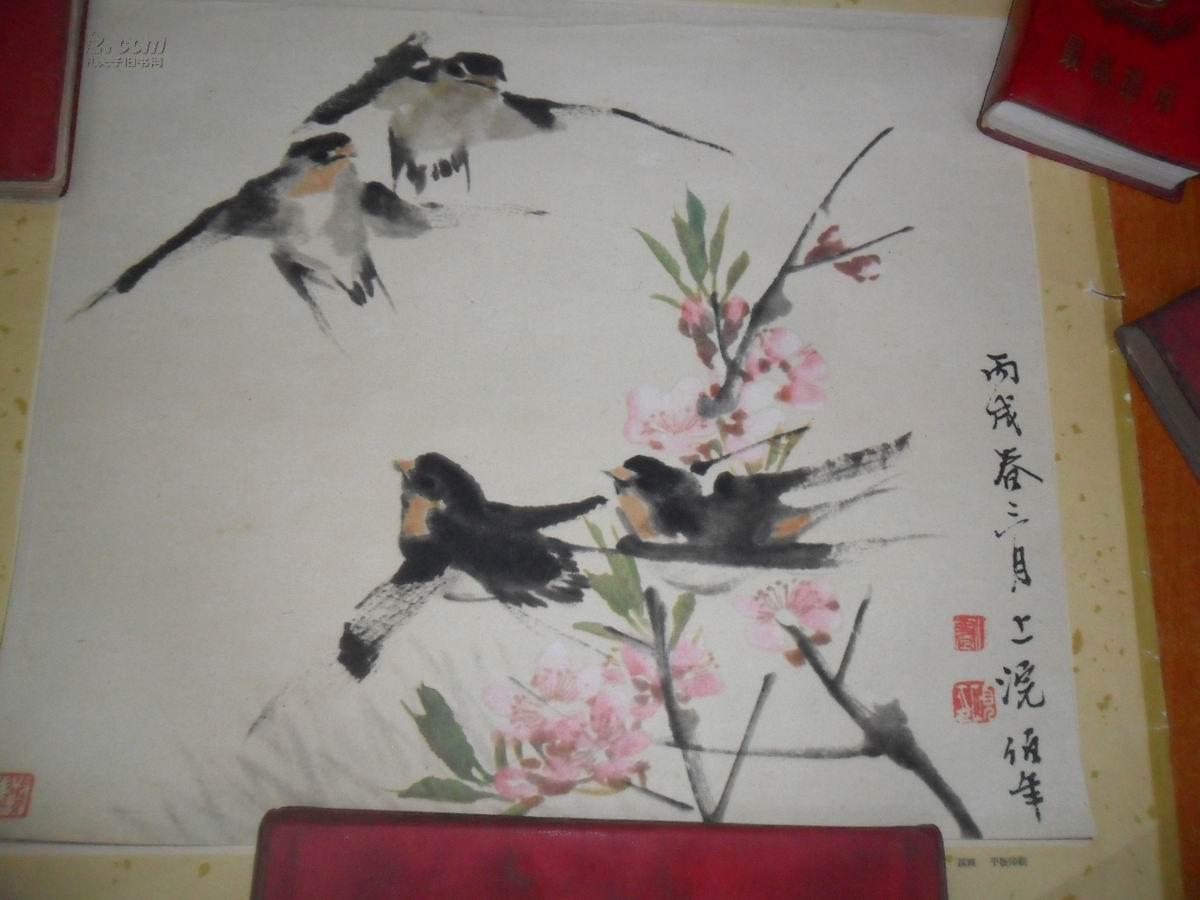
燕子重来，往事东流去。